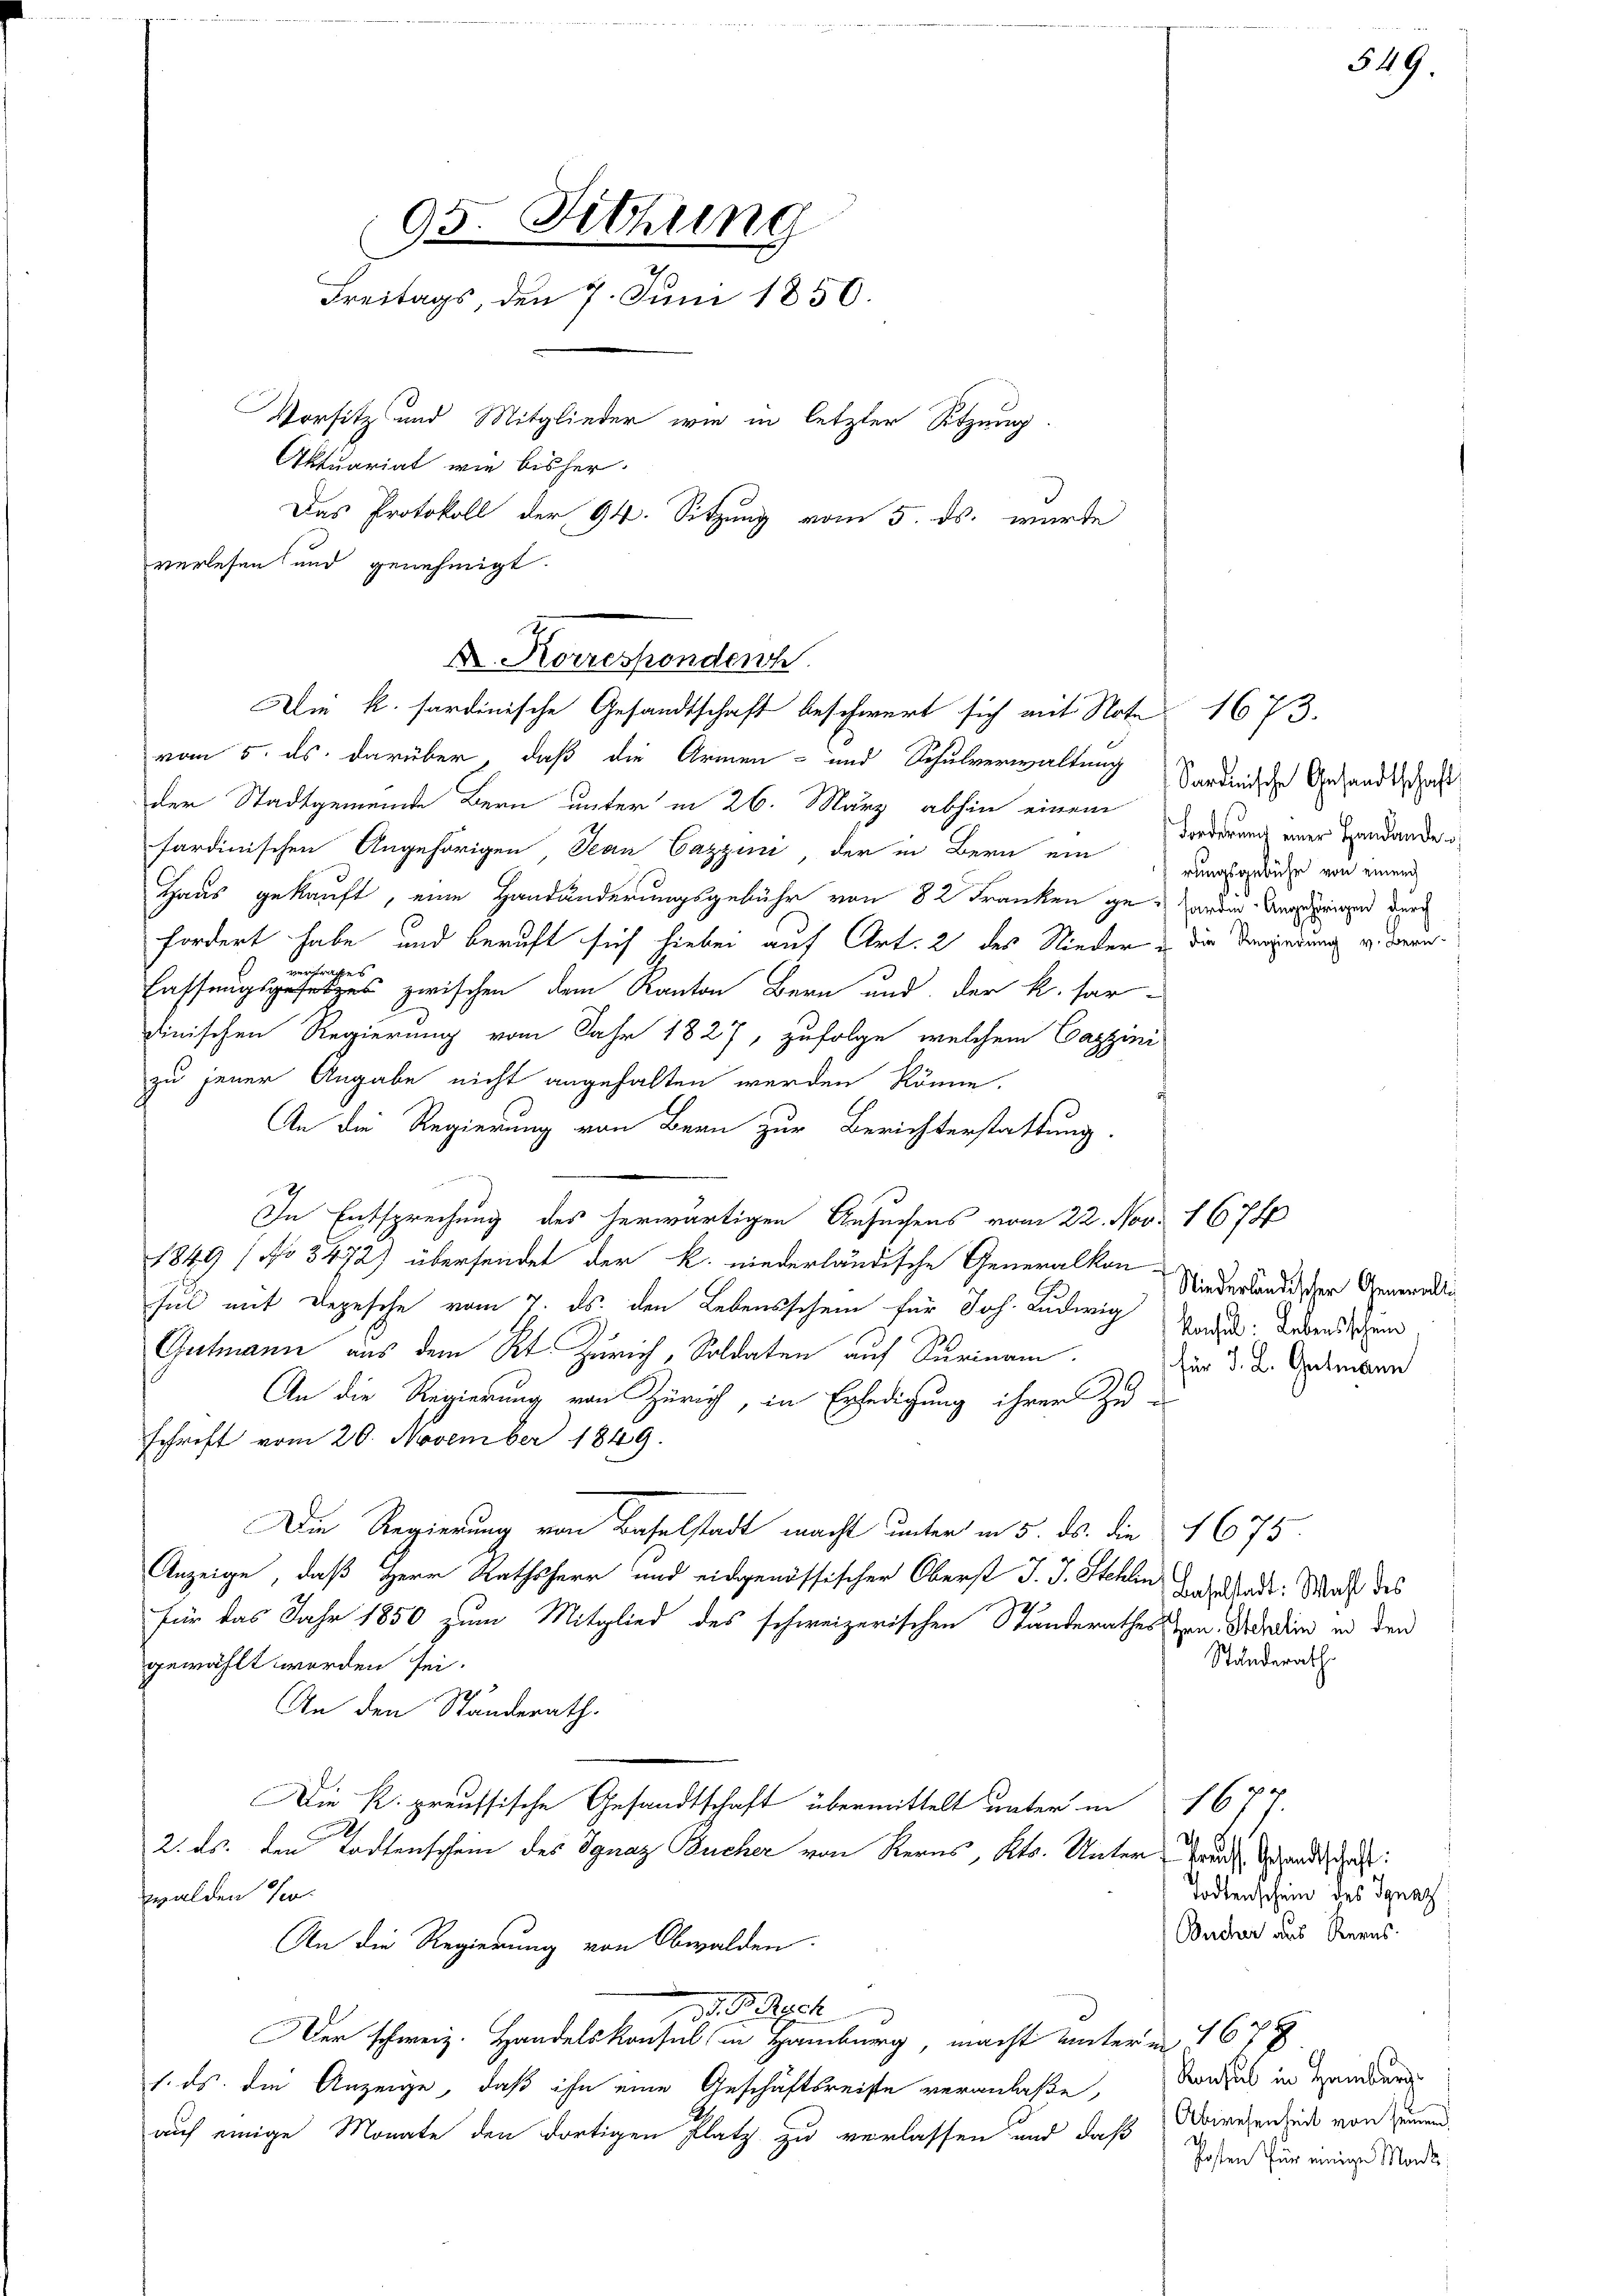
95. Sitzung
Freitags, den 7. Juni 1850.
Vorsitz und Mitglieder wie in letzter Sitzung.
Aktuariat wie bisher
Das Protokoll der 94. Sitzung vom 5. ds. wurde
verlesen und genehmigt.

vom 5. ds. darüber, daß die Armen- und Schulverwaltung
der Stadtgemeinde Bern unter in 26. März abhin einem
sardinischen Angehörigen, Jean Cazzini, der in Bern ein
Haus gekauft, eine Handänderungsgebühr von 82 Franken ge-Garden Angehörigen durch
fordert habe und beruft sich liebei auf Art. 2 des Nieder u die Verredung u. daranverstrachtes
Fassungsgesetzes zwischen dem Kanton Bern und der k. har-
dinischen Regierung vom Jahr 1827, zufolge, welchem Cazini
zu jener Angabe nicht angehalten werden könne.
An die Regierung von Bern zur Berichterstattung
In Entsprechung des herwärtigen Ansuchens vom 22. Nov. 1674
1849 (No 3472) übersendet der k. niederländische Generalkon-
sul mit Depesche vom 7. ds. den Lebensschein für Joh. Ludwig Todes Lebensschein
Gutmann aus dem Kt. Zürich, Soldaten auf Surinam
An die Regierung von Zürich, in Erledigung ihrer Zu-
schrift vom 20. November 1849.
Die Regierung von Baselstadt macht unter in 5. ds. die 1675.
Anzeige, daß Herr Rathsherr und eidgenössischer Oberst J. J. Stehlingestadt. Was des
für das Jahr 1850 zum Mitglied des schweizerischen Stunderathes von Adadin in den
Standerath.
gewählt worden sei.
An den Standerath.
 f 6 x
Die K. preussische Gesandtschaft übermittelt unter in
Us
2. ds. den Todtenschein des Ignaz Bucher von Kerns, Kts. Unter-Grand andeshal
Todtenschein des Ignaz
walden se
Bucher aus Berns.
An die Regierung von Obwalden.
d. B. Rech
Der schweiz. Handelskonsul in Hamburg, macht unterm 1678
Konsul in Hamburg
1. ds. die Anzeige, daß ihn eine Geschäftsreiste veranlaße,
auf einige Monate den dortigen Platz zu verlassen und daß Dowesenheit von Gemeind
Posten für einige Monke

.
A. Korrespondenh
Die k. sardinische Gesandtschaft beschwert sich mit Note 1673.

Sardinische Gesandtschaft
Forderung einer Handänden
rungsgebühr von einem

Niederländischer Generalli
für J. L. Gutmann

549.